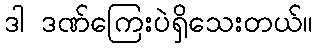
ဒါ ဒဏ်ကြေးပဲရှိသေးတယ်။